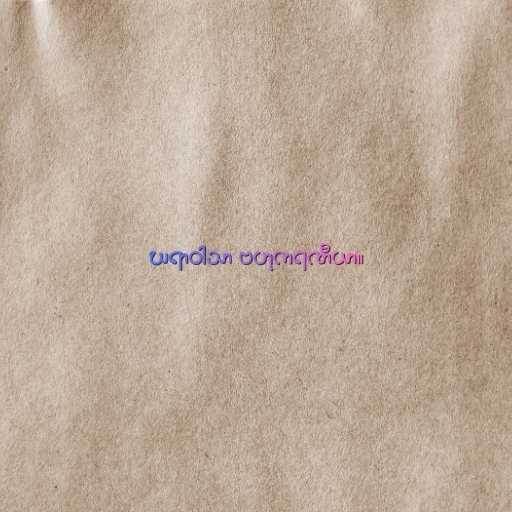
ဃရာဝါသာ ဗဟုကရဏီယာ။